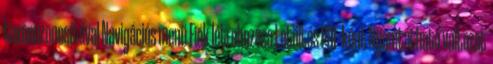
taxonazonosítóval Navigációs menü Fiók létrehozása Letöltés PDF-ként Nyomtatható változat